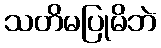
သတိမပြုမိဘဲ